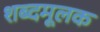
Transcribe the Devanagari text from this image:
शब्दमूलक